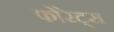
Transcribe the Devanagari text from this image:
फोरेट्स